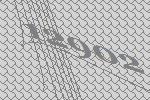
12902